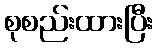
စုစည်းထားပြီး